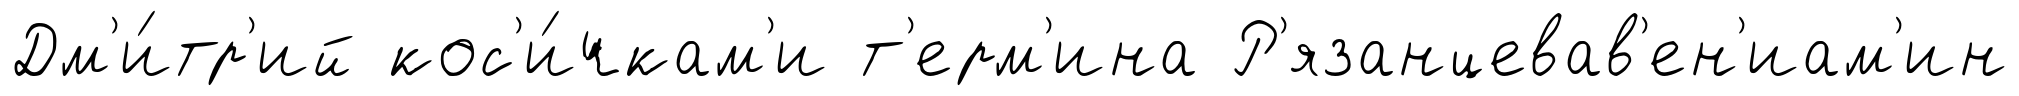
Дм'и́тр'ий кос'и́чкам'и т'ерм'ина Р'язанцевав'ен'иам'ин